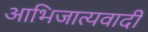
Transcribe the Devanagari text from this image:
आभिजात्यवादी